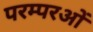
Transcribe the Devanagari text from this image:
परम्परओं